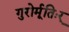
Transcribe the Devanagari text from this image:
गुरोर्मूतिःर्